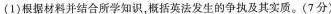
（1）根据材料并结合所学知识，开阔英法发生的争执及其实质。（7分）